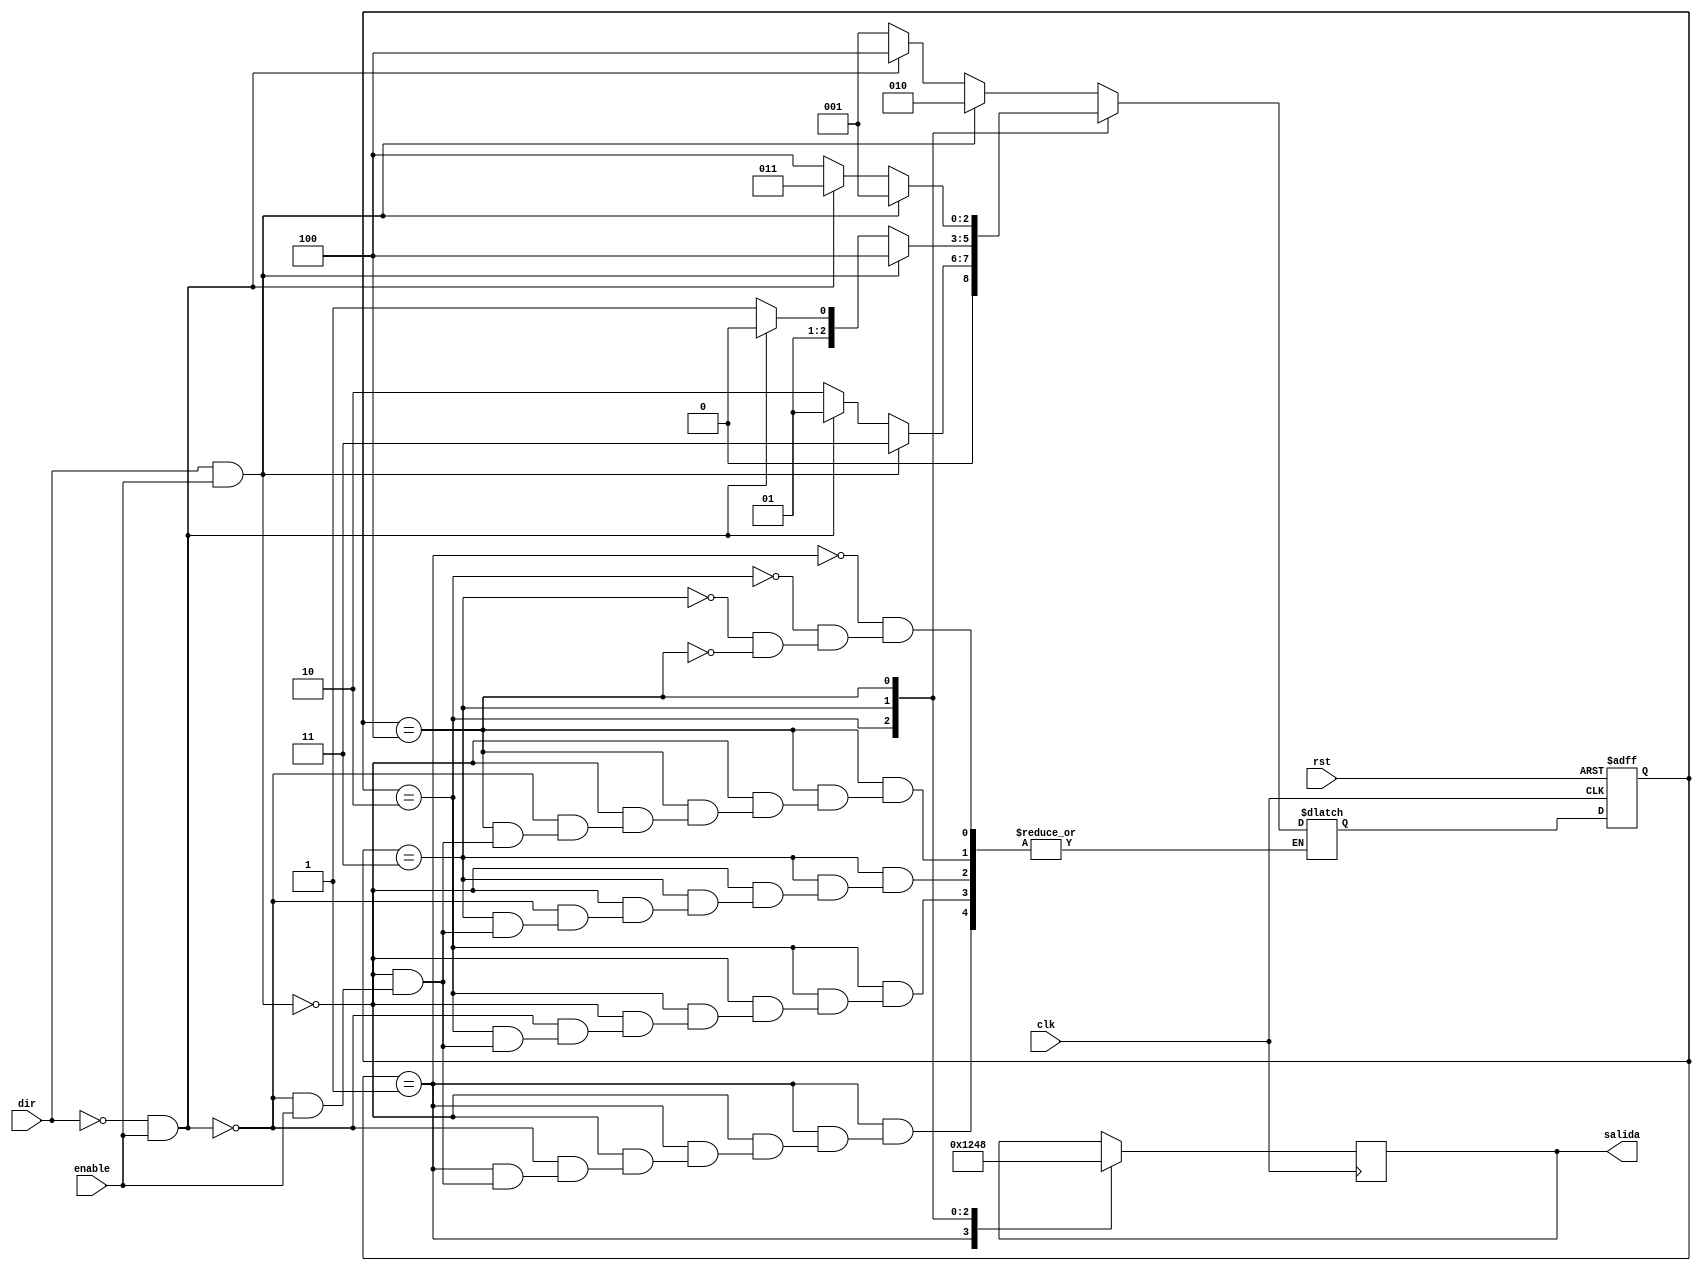
// This program was cloned from: https://github.com/miguelsape/msalazar
// License: Apache License 2.0

module stepper(clk,rst,dir,enable,salida);
	
	input clk,rst,dir,enable; 
	output reg [3:0]salida;	

	localparam S1=3'd1, S2=3'd2, S3=3'd3, S4=3'd4; 
	reg[2:0]state, state_next;	

	always@(posedge clk or posedge rst) 			//Logica del estado siguiente
		
		begin
			if(rst) state = S1;
			else state = state_next;
		end	
		
	always@(state,dir,enable,state_next,rst)	   // Maquina de estados
		
		begin
			case (state)
				
				S1:      if(dir && enable) state_next = S2;
					else if(!dir && enable) state_next = S4;
					else if(!enable) state_next = S1;
					
				S2:	      if(dir && enable) state_next = S3;
					 else if(!dir && enable) state_next = S1;
					 else if(!enable) state_next = S2;
								
				S3: 	   if(dir && enable) state_next = S4;
					  else if(!dir && enable) state_next = S2;
					  else if(!enable) state_next = S3;								
														
				S4: 	   if(dir && enable) state_next = S1;
					  else if(!dir && enable) state_next = S3;
					  else if(!enable) state_next = S4;					
			  endcase
		end
				
	always@(posedge clk) 		//Salida tipo Moore
	
		begin
			case (state) 
				S1: salida = 4'b0001;
				S2: salida = 4'b0010;
				S3: salida = 4'b0100;
				S4: salida = 4'b1000;
			endcase
		end
		
endmodule